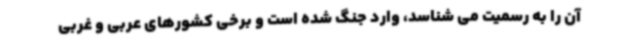
آن را به رسمیت می شناسد، وارد جنگ شده است و برخی کشورهای عربی و غربی